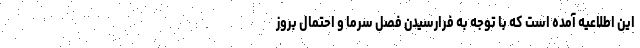
این اطلاعیه آمده است که با توجه به فرارسیدن فصل سرما و احتمال بروز